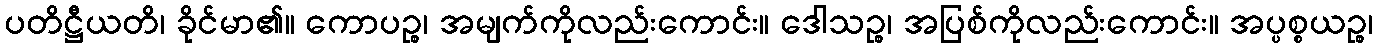
ပတိဋ္ဌီယတိ၊ ခိုင်မာ၏။ ကောပဉ္စ၊ အမျက်ကိုလည်းကောင်း။ ဒေါသဉ္စ၊ အပြစ်ကိုလည်းကောင်း။ အပ္ပစ္စယဉ္စ၊